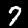
Label: 7